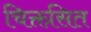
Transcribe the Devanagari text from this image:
चिक्तसित